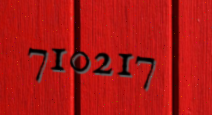
710217